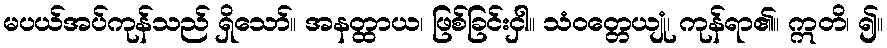
မပယ်အပ်ကုန်သည် ရှိသော်။ အနတ္ထာယ၊ ဖြစ်ခြင်းငှါ။ သံဝတ္တေယျုံ၊ ကုန်ရာ၏။ ဣတိ၊ ၍။